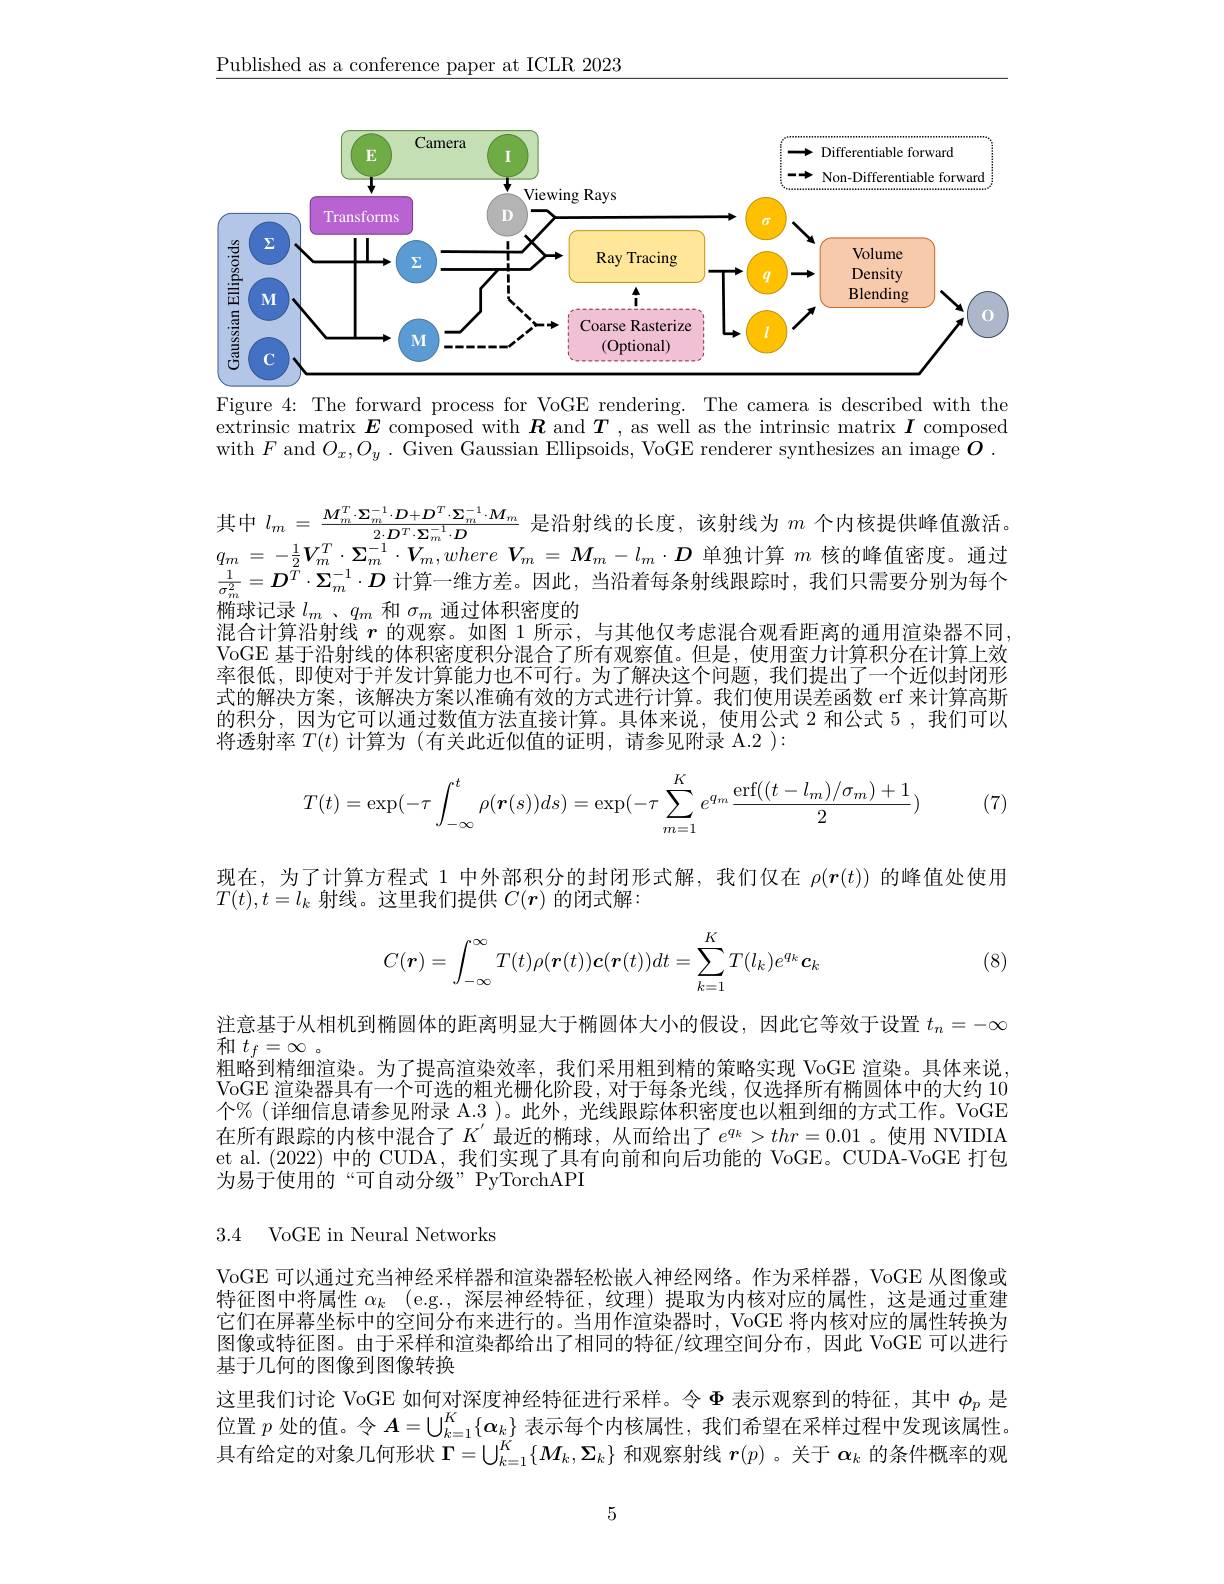
$\underline{\text{Published as a conference paper at ICLR 2023}}$

<FigureHere>

Figure 4: The forward process for VoGE rendering. The camera is described with the extrinsic matrix $\boldsymbol{E}$ composed with $\boldsymbol{R}$ and $\boldsymbol{T}$, as well as the intrinsic matrix $\boldsymbol{I}$ composed with $F$ and $O_x, O_y.$ Given Gaussian Ellipsoids, VoGE renderer synthesizes an image $O$

其中$l_{m}=\frac{M_{m}^{T}\cdot\boldsymbol{\Sigma}_{m}^{-1}\cdot\boldsymbol{D}+\boldsymbol{D}^{T}\cdot\boldsymbol{\Sigma}_{m}^{-1}\cdot\boldsymbol{M}_{m}}{2\cdot\boldsymbol{D}^{T}\cdot\boldsymbol{\Sigma}_{m}^{-1}\cdot\boldsymbol{D}}$是沿射线的长度，该射线为$m$个内核提供峰值激活$q_{m}= - \frac 12\boldsymbol{V}_{m}^{T}\cdot \boldsymbol{\Sigma }_{m}^{- 1}\cdot \boldsymbol{V}_{m}, where$ $\boldsymbol{V}_{m}= \boldsymbol{M}_{m}- l_{m}\cdot \boldsymbol{D}$单独计算$m$核的峰值密度。通过$\frac{1}{\sigma_m^2}=D^{\tilde{T}}\cdot\Sigma_m^{-1}\cdot D$计算一维方差。因此，当沿着每条射线跟踪时，我们只需要分别为每个椭球记录$l_m$ 、$q_m$和$\sigma_m$通过体积密度的
混合计算沿射线$r$的观察。如图 1 所示，与其他仅考虑混合观看距离的通用渲染器不同VoGE 基于沿射线的体积密度积分混合了所有观察值。但是，使用蛮力计算积分在计算上效率很低，即使对于并发计算能力也不可行。为了解决这个问题，我们提出了一个近似封闭形式的解决方案，该解决方案以准确有效的方式进行计算。我们使用误差函数 erf 来计算高斯的积分，因为它可以通过数值方法直接计算。具体来说，使用公式 2 和公式 5 , 我们可以将透射率$T(t)$计算为 (有关此近似值的证明，请参见附录 A.2 ):

(7)
$$T(t)=\exp(-\tau\int_{-\infty}^t\rho(\boldsymbol{r}(s))ds)=\exp(-\tau\sum_{m=1}^Ke^{q_m}\frac{\operatorname{erf}((t-l_m)/\sigma_m)+1}{2})$$
现在，为了计算方程式 1 中外部积分的封闭形式解，我们仅在$\rho(\boldsymbol{r}(t))$的峰值处使用
$T(t),t=l_k$射线。这里我们提供$C(r)$的闭式解：
$$C(\boldsymbol r)=\int_{-\infty}^\infty T(t)\rho(\boldsymbol r(t))\boldsymbol c(\boldsymbol r(t))dt=\sum_{k=1}^KT(l_k)e^{q_k}\boldsymbol c_k$$
(8)

注意基于从相机到椭圆体的距离明显大于椭圆体大小的假设，因此它等效于设置$t_n=-\infty$
和$t_f=\infty$。
粗略到精细渲染。为了提高渲染效率，我们采用粗到精的策略实现 VoGE 渲染。具体来说VoGE 渲染器具有一个可选的粗光栅化阶段，对于每条光线，仅选择所有椭圆体中的大约 10个% (详细信息请参见附录 A.3 )。此外，光线跟踪体积密度也以粗到细的方式工作。VoGE 在所有跟踪的内核中混合了$K^{^{\prime}}$最近的椭球，从而给出了$e^q_k>thr=0.01$ 。使用 NVIDIA et al. (2022) 中的 CUDA, 我们实现了具有向前和向后功能的 VoGE。CUDA-VoGE 打包为易于使用的“可自动分级”PyTorchAPI

3.4 VoGE in Neural Networks

VoGE 可以通过充当神经采样器和渲染器轻松嵌人神经网络。作为采样器，VoGE 从图像或特征图中将属性$\alpha _k$ (e.g.,深层神经特征，纹理)提取为内核对应的属性，这是通过重建它们在屏幕坐标中的空间分布来进行的。当用作渲染器时，VoGE 将内核对应的属性转换为图像或特征图。由于采样和渲染都给出了相同的特征/纹理空间分布，因此 VoGE 可以进行基于几何的图像到图像转换
这里我们讨论 VoGE 如何对深度神经特征进行采样。令$\Phi$表示观察到的特征，其中$\phi_p$是立置$p$处的值。令$A=\bigcup_{k=1}^{K}\{\boldsymbol{\alpha}_{k}\}$表示每个内核属性，我们希望在采样过程中发现该属性具有给定的对象几何形状$\Gamma=\bigcup_{k=1}^K\{M_k,\Sigma_k\}$和观察射线$r(p)$ 。关于$\alpha_k$的条件概率的观

5